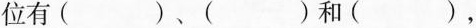
位有()、( )和( )，